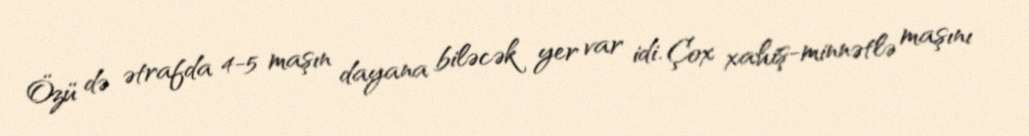
Özü də ətrafda 4-5 maşın dayana biləcək yer var idi. Çox xahiş-minnətlə maşını